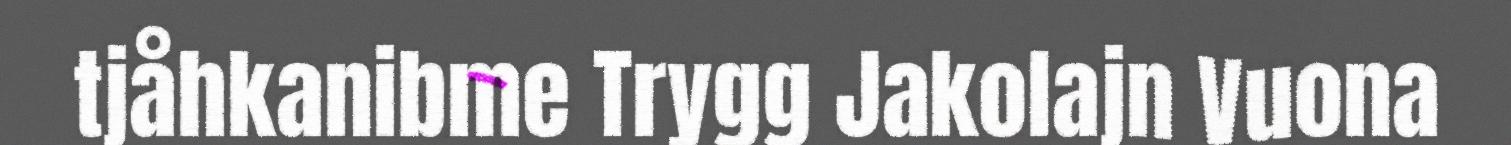
tjåhkanibme Trygg Jakolajn Vuona